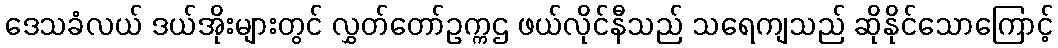
ဒေသခံလယ် ဒယ်အိုးများတွင် လွှတ်တော်ဥက္ကဌ ဖယ်လိုင်နီသည် သရေကျသည် ဆိုနိုင်သောကြောင့်